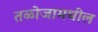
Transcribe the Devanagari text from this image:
तळोजामधील